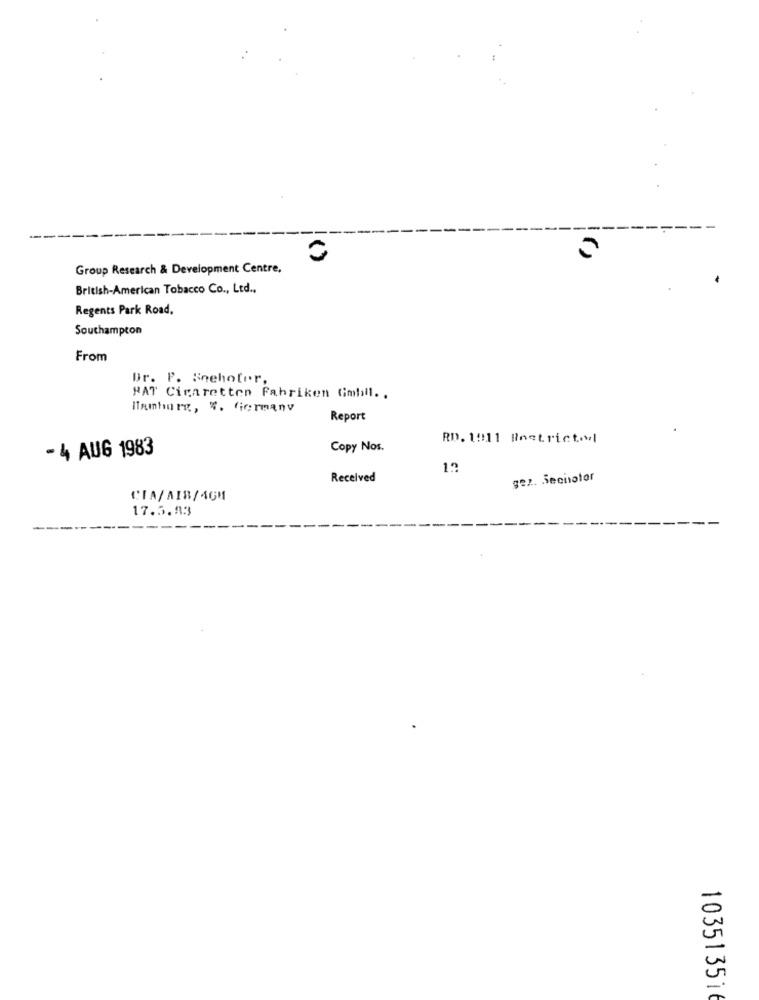
Group Research & Development Centre,
British-American Tobacco Co ., Ltd .,
Regents Park Road.
Southampton
From
Gr. P. Seehofer,
"AT Cigaretten Fabriken Gmhill ..
Hamburg, $. Germany
Report
RD. 1011 Boetrict.I
- 4 AUG 1983
Copy Nos.
13
Received
gez. Sechotor
CIA/ AIR/4CM
17.5.83
---
103513516